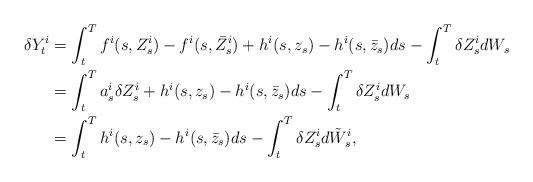
LaTeX: \begin{align*}\displaystyle \delta Y^i_t&=\int_t^Tf^i(s,Z^i_s)-f^i(s,\bar{Z}^i_s)+h^i(s,z_s)-h^i(s,\bar{z}_s)ds-\int_t^T\delta Z^i_sdW_s\\\displaystyle &=\int_t^Ta^i_s\delta Z^i_s+h^i(s,z_s)-h^i(s,\bar{z}_s)ds-\int_t^T\delta Z^i_sdW_s\\\displaystyle&=\int_t^Th^i(s,z_s)-h^i(s,\bar{z}_s)ds-\int_t^T\delta Z^i_sd\tilde{W}^i_s,\end{align*}